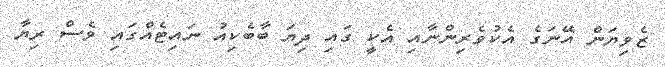
ޒެވިޔަން އޭނަގެ އެކުވެރިންނާއި އެކީ ގައި ދިޔަ ބާބެކިއު ނައިޓެއްގައި ވެސް ރިޔާ